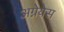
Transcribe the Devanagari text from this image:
अग्नेयेस